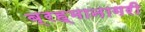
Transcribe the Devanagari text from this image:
ब्रह्मानागरी